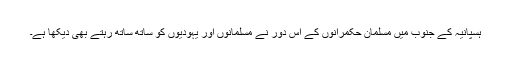
ہسپانیہ کے جنوب میں مسلمان حکمرانوں کے اس دور نے مسلمانوں اور یہودیوں کو ساتھ ساتھ رہتے بھی دیکھا ہے۔